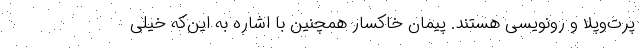
پرت‌وپلا و رونویسی هستند. پیمان خاکسار همچنین با اشاره به این‌که خیلی